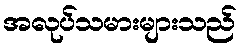
အလုပ်သမားများသည်